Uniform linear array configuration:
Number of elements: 4
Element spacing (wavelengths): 0.5
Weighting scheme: binomial
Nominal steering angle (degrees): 45
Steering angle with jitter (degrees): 46.734
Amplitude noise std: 0.05
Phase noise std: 0.05

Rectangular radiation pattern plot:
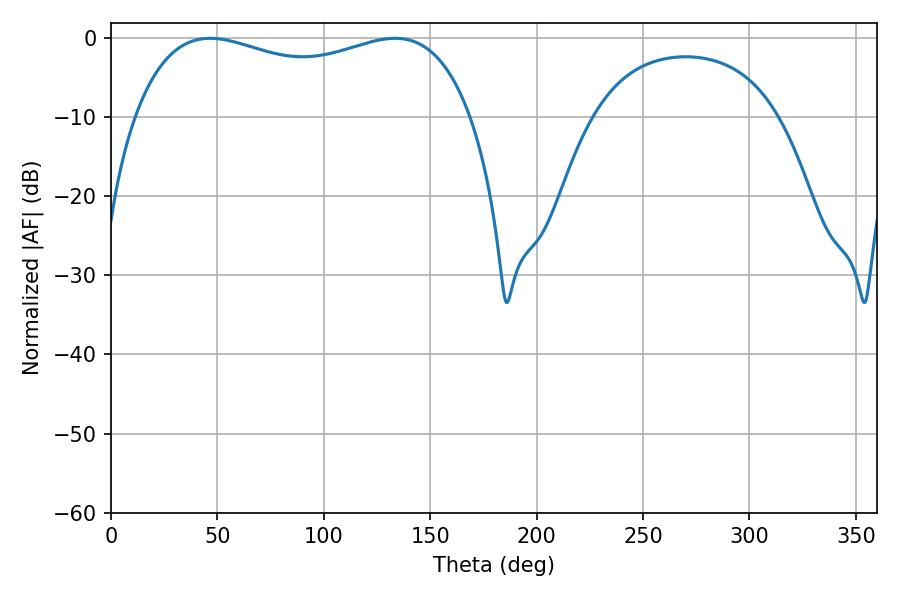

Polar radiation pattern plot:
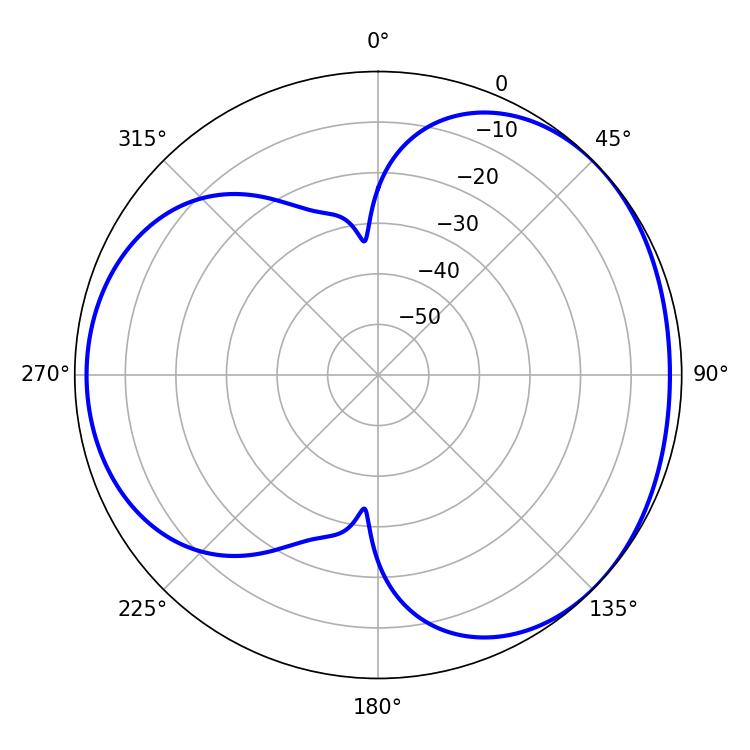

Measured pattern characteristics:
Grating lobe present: FALSE
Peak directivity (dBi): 3.565
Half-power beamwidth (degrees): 130.32
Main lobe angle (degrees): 46.62